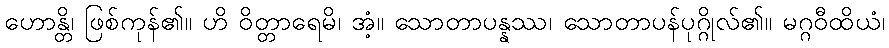
ဟောန္တိ၊ ဖြစ်ကုန်၏။ ဟိ ဝိတ္တာရေမိ၊ အံ့။ သောတာပန္နဿ၊ သောတာပန်ပုဂ္ဂိုလ်၏။ မဂ္ဂဝီထိယံ၊